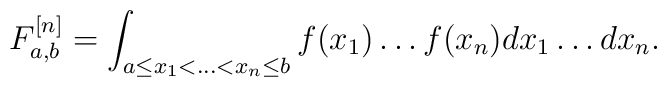
F_{a,b}^{[n]}=\int_{a\leq x_1<\ldots<x_{n}\leq b}f(x_1)\ldots f(x_n) dx_1\ldots dx_n.